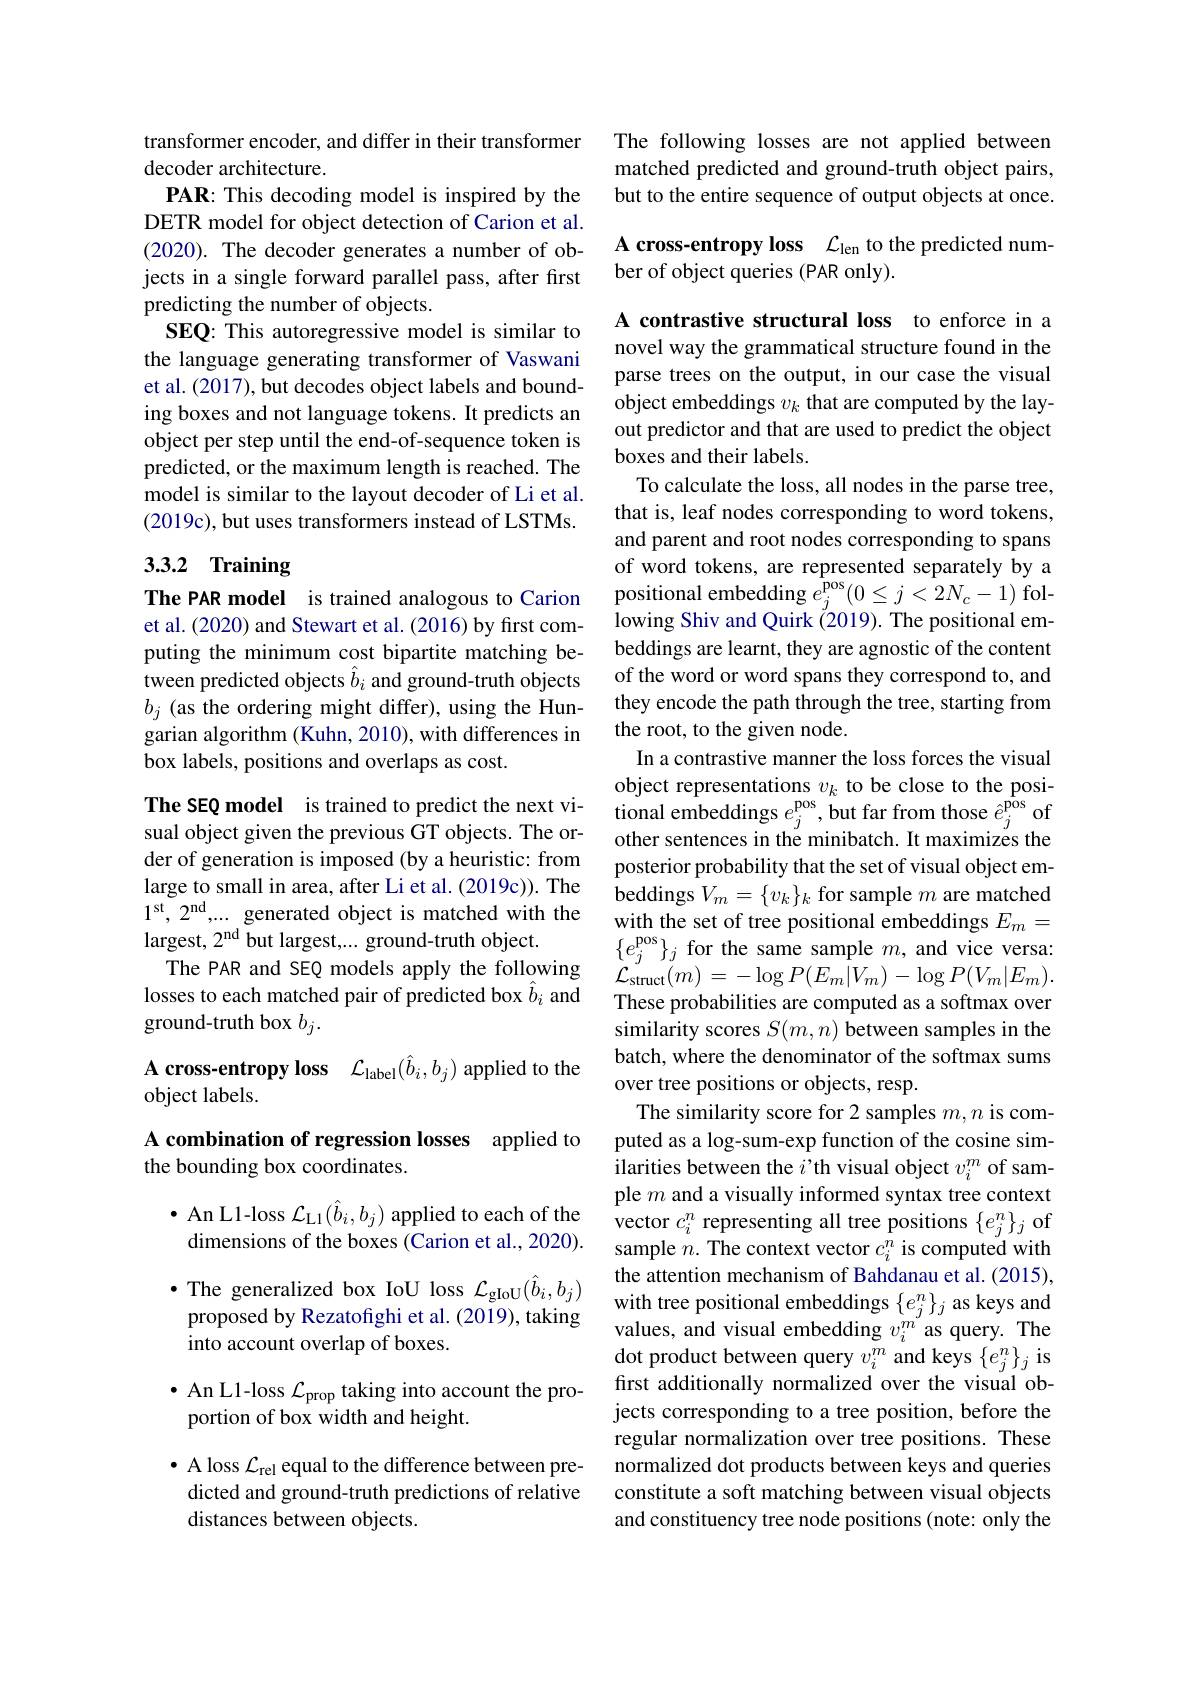
transformer encoder, and differ in their transformer
decoder architecture.
PAR: This decoding model is inspired by the DETR model for object detection of Carion et al. (2020). The decoder generates a number of objects in a single forward parallel pass, after first predicting the number of objects.
SEQ: This autoregressive model is similar to the language generating transformer of Vaswani et al. (2017), but decodes object labels and bounding boxes and not language tokens. It predicts an object per step until the end-of-sequence token is predicted, or the maximum length is reached. The model is similar to the layout decoder of Li et al. (2019c),but uses transformers instead of LSTMs.

## 3.3.2 Training

The PAR model is trained analogous to Carion et al. (2020) and Stewart et al. (2016) by first computing the minimum cost bipartite matching between predicted objects $\hat{b}_i$ and ground-truth objects $b_j$ (as the ordering might differ), using the Hungarian algorithm (Kuhn, 2010), with differences in box labels, positions and overlaps as cost.

The SEQ model is trained to predict the next vi- tional embeddings $e_j^\mathrm{pos}$,but far from those $\hat{e}_j^\mathrm{pos}$ of sual object given the previous GT objects. The or- other sentences in the minibatch. It maximizes the
der of generation is imposed (by a heuristic: from large to small in area, after Li et al. (2019c)). The $$1^{\mathrm{st}},2^{\mathrm{nd}},...$ generated object is matched with the$ largest, $2^\mathrm{nd}$ but largest,.... ground-truth object.
The PAR and SEQ models apply the following losses to each matched pair of predicted box $\hat{b}_i$ and ground-truth box $b_j.$

A cross-entropy loss $\mathcal{L}_\mathrm{label}(\hat{b}_i,b_j)$ applied to the

object labels.

A combination of regression losses applied to
### the bounding box coordinates.

$\bullet$ An L1-loss $\mathcal{L}_{\mathrm{L1}}(\hat{b}_i,b_j)$ applied to each of the

dimensions of the boxes (Carion et al., 2020).

The following losses are not applied between matched predicted and ground-truth object pairs, but to the entire sequence of output objects at once.

A cross-entropy loss $\mathcal{L}_\mathrm{len}$ to the predicted num-
ber of object queries (PAR only).

A contrastive structural loss to enforce in a novel way the grammatical structure found in the parse trees on the output, in our case the visual object embeddings $v_k$ that are computed by the layout predictor and that are used to predict the object boxes and their labels.
To calculate the loss, all nodes in the parse tree, that is, leaf nodes corresponding to word tokens, and parent and root nodes corresponding to spans of word tokens, are represented separately by a $\begin{array}{l}{\mathrm{positional~embedding~}e_{j}^{\mathrm{pos}}(0\leq j<2N_{c}-1)\mathrm{~fol-}}\\{\mathrm{positional~embedding~}e_{j}^{\mathrm{pos}}(0\leq j<2N_{c}-1)\mathrm{~fol-}}\\{\mathrm{positional~embedding~}e_{j}^{\mathrm{pos~}}(0\leq j<2N_{c}-1)\mathrm{~fol-}}\end{array}$ lowing Shiv and Quirk (2019). The positional embeddings are learnt, they are agnostic of the content of the word or word spans they correspond to, and they encode the path through the tree, starting from the root, to the given node.
In a contrastive manner the loss forces the visual object representations $v_k$ to be close to the posiposterior probability that the set of visual object embeddings $V_m=\{v_k\}_k$ for sample $m$ are matched with the set of tree positional embeddings $E_m=$ $\{e_{j}^{\mathrm{pos}}\}_{j}$ for the same sample $m$, and vice versa: $\mathcal{L}_{\mathrm{struct}}(m)=-\log P(E_{m}|V_{m})-\log P(V_{m}|E_{m}).$ These probabilities are computed as a softmax over similarity scores $S(m,n)$ between samples in the batch, where the denominator of the softmax sums over tree positions or objects, resp.
The similarity score for 2 samples $m,n$ is computed as a log-sum-exp function of the cosine similarities between the $i’$th visual object $v_i^m$ of sample $m$ and a visually informed syntax tree context vector $c_i^n$ representing all tree positions $\{e_j^n\}_j$ of sample $n.$ The context vector $c_i^n$ is computed with the attention mechanism of Bahdanau et al. (2015),
$\bullet$The generalized box IoU loss $\mathcal{L} _{\mathrm{gIoU}}( \hat{b} _i, b_j)$the attention mechanı sm of Bahdanau et al. ( 2015) , proposed bv Rezatofighi et al. ( 2019) , takingwith tree positional embeddings $\{ e_j^n\} _j$ as keys and
values, and visual embedding $v_i^m$ as query. The dot product between query $v_i^m$ and keys $\{e_j^n\}_j$ is first additionally normalized over the visual objects corresponding to a tree position, before the regular normalization over tree positions. These normalized dot products between keys and queries constitute a soft matching between visual objects and constituency tree node positions (note: only the

proposed by Rezatofighi et al. (2019), taking

into account overlap of boxes.

$\bullet$ An L1-loss $\mathcal{L}_\mathrm{prop}$ taking into account the pro-
portion of box width and height.

$\bullet$ A loss $\mathcal{L}_\mathrm{rel}$ equal to the difference between predicted and ground-truth predictions of relative distances between objects.